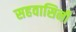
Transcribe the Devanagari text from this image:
सहवासिनी